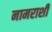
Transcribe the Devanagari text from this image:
नामराशी